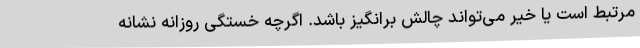
مرتبط است یا خیر می‌تواند چالش برانگیز باشد. اگرچه خستگی روزانه نشانه